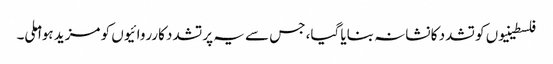
فلسطینیوں کو تشدد کا نشانہ بنایا گیا، جس سے یہ پرتشدد کارروائیوں کو مزید ہوا ملی۔